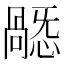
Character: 𢢸